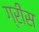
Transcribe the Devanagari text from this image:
ग्रींस